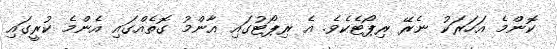
ކޮންމެ އަހަރަކު ނެރޭ ރިޕޯޓެކެވެ. އެ ރިޕޯޓުގައި އާންމު ގޮތެއްގައި އެންމެ ކުރީގައި